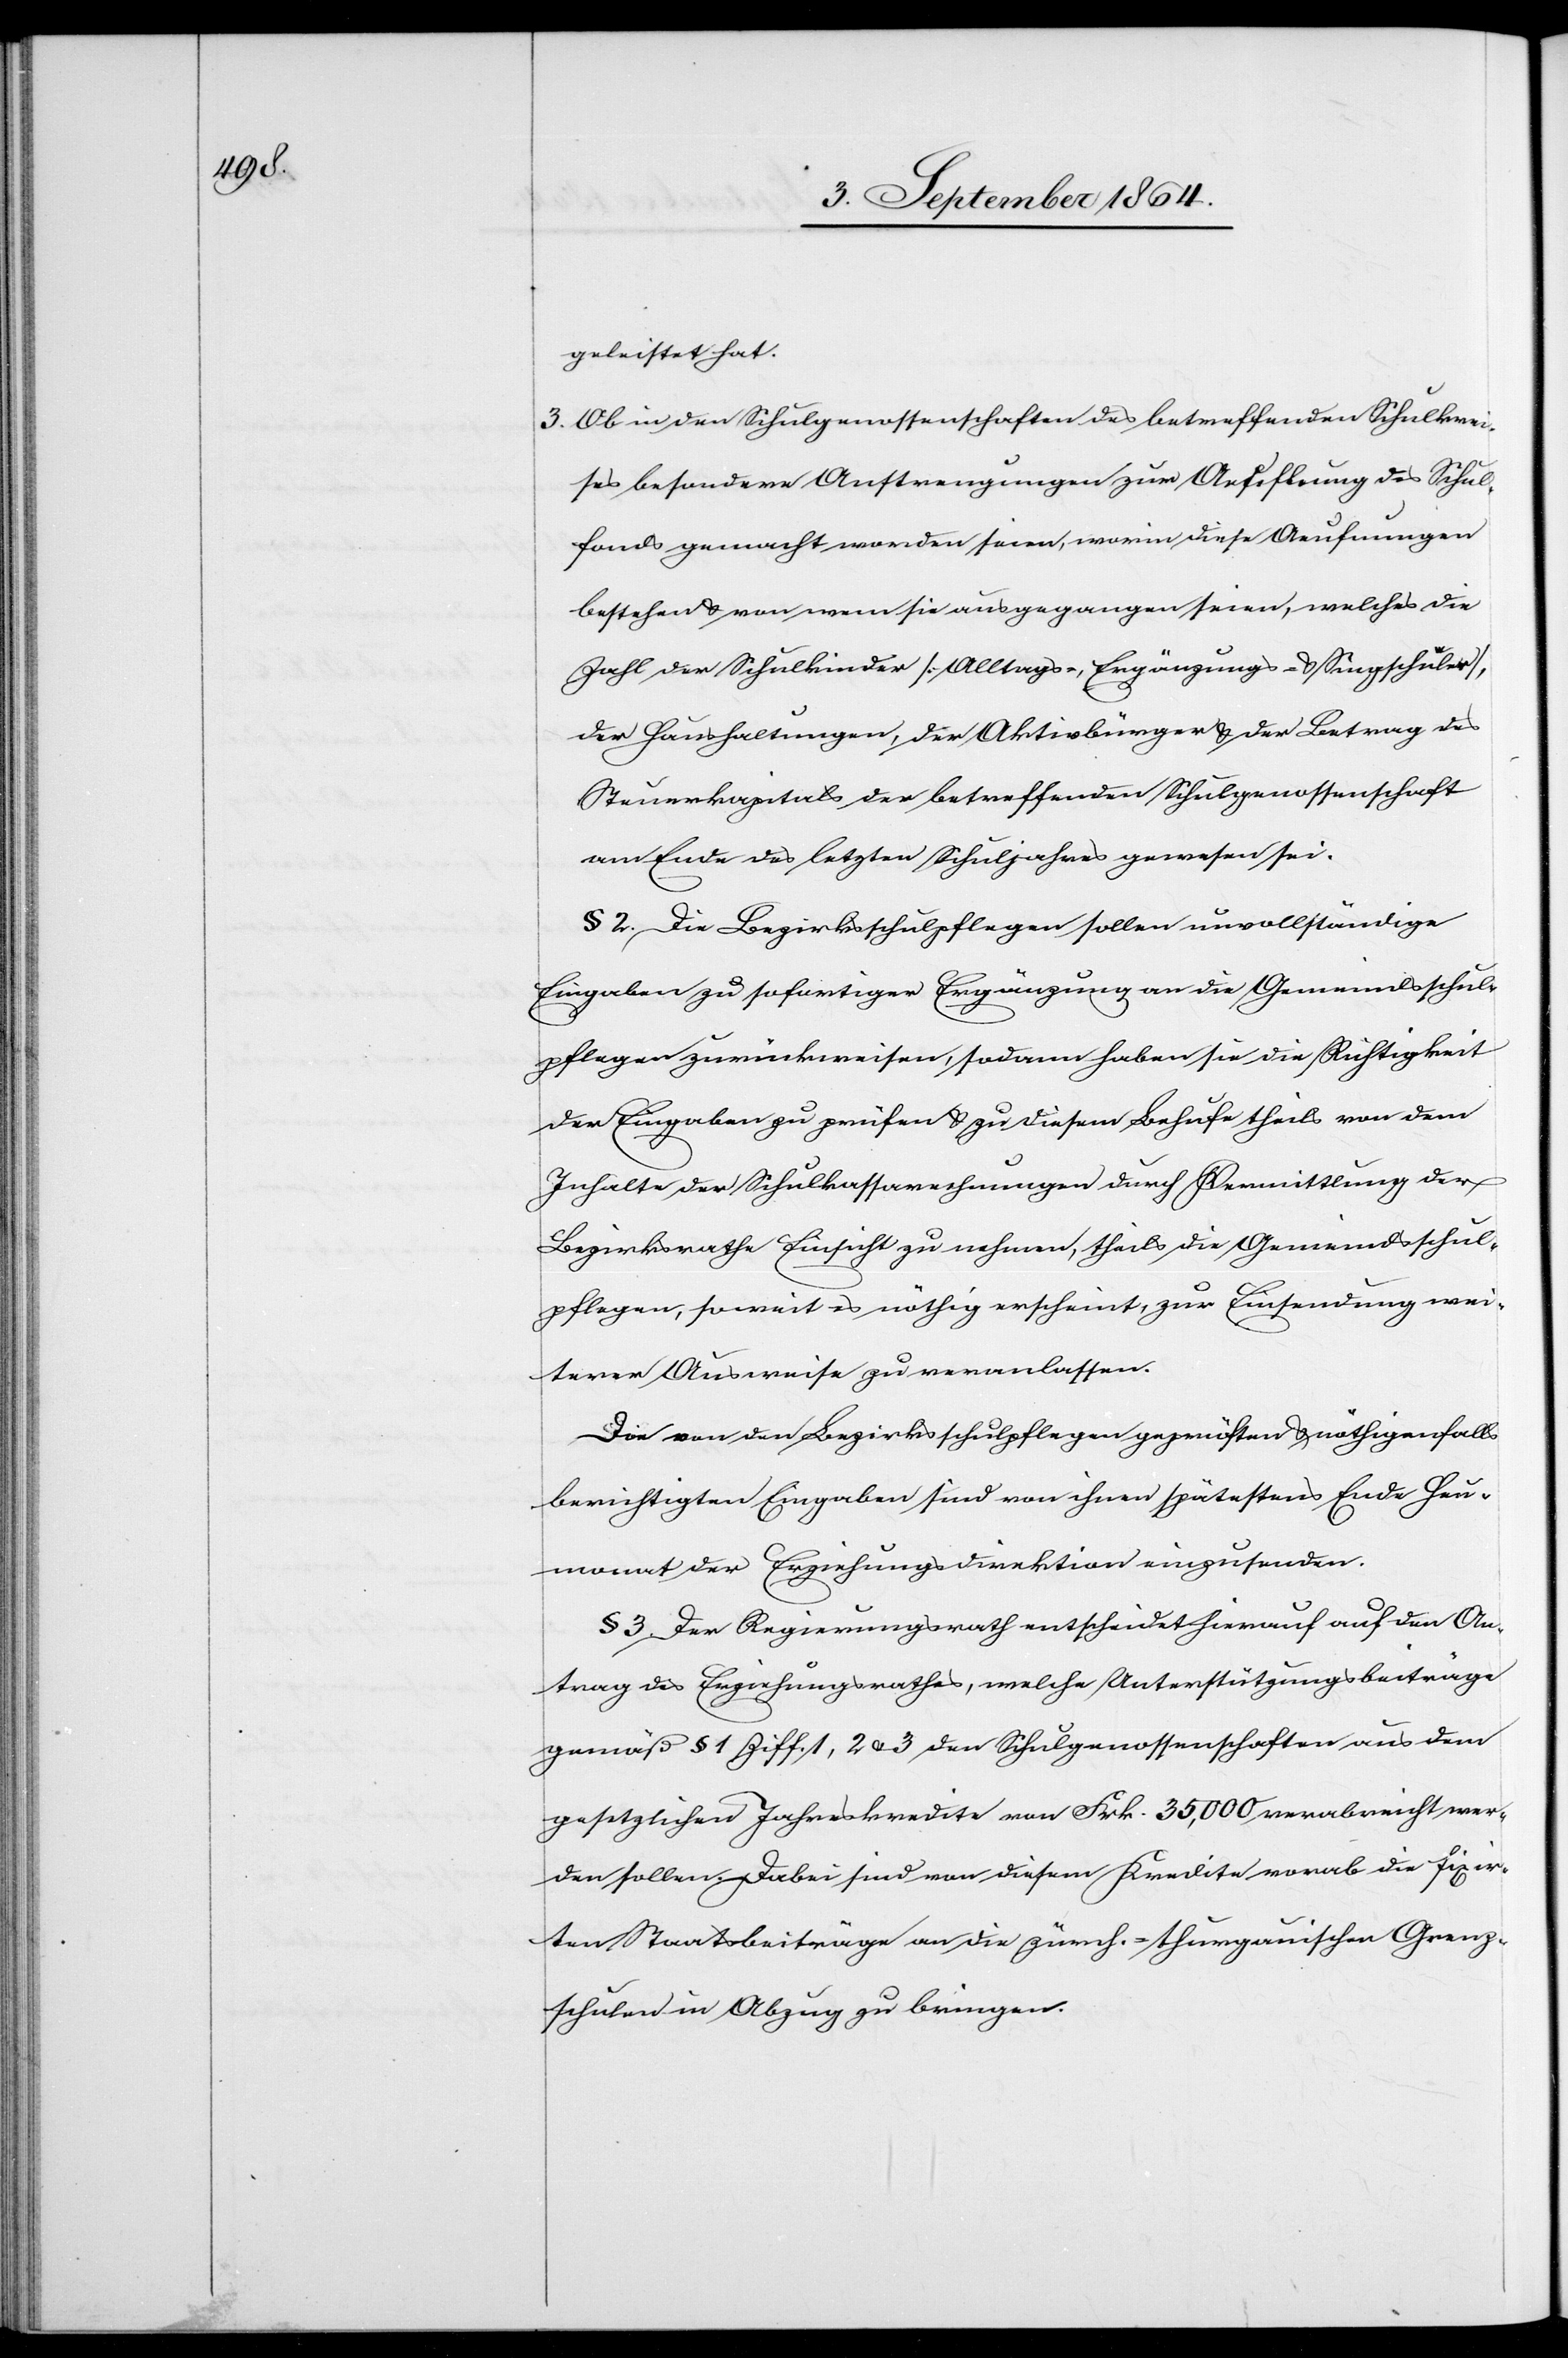
Schul¬

geleistet hat.
3.	Ob in den Schulgenossenschaften des betreffenden Schulkrei¬
ses besondere Anstrengungen zur Aefcfllung [recte:
fondes gemacht worden seien, worin diese Aeufnungen
bestehen & von wem sie ausgegangen seien, welches die
Zahl der Schulkinder [Alltags-, Ergänzungs- & Singschüler],
der Haushaltungen, der Aktivbürger & der Betrag des
Steuerkapitals der betreffenden Schulgenossenschaft
am Ende des letzten Schuljahres gewesen sei.
§ 2. Die Bezirksschulpflegen sollen unvollständige
Eingaben zu sofortiger Ergänzung an die Gemeindsschul¬
pflegen zurückweisen, sodann haben sie die Richtigkeit
der Eingaben zu prüfen & zu diesem Behufe theils von dem
Inhalte der Schulkassarechnungen durch Vermittlung der
Bezirksrathe [sic!] Einsicht zu nehmen, theils die Gemeindsschul¬
pflegen, soweit es nötig erscheint, zur Einsendung wei¬
terer Ausweise zu veranlassen.
Die von den Bezirksschulpflegen geprüften & nöthigenfalls
berichtigten Eingaben sind von ihnen spätestens Ende Heu¬
monat der Erziehungsdirektion einzusenden.
§ 3. Der Regierungsrath entscheidet hierauf auf den An¬
trag des Erziehungsrathes, welche Unterstützungsbeiträge
gemäß § 1 Ziff. 1, 2 & 3 den Schulgenossenschaften aus dem
gesetzlichen Jahreskredite von Frk. 35,000 verabreicht wer¬
den sollen. Dabei sind von diesem Kredite vorab die fixir¬
ten Staatsbeiträge an die zürch.-thurgauischen Grenz¬
schulen in Abzug zu bringen.